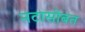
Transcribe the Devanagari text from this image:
नटासोबत